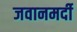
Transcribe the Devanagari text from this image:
जवानमर्दी